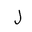
Letter: _lam